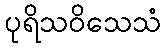
ပုရိသဝိသေသံ